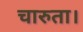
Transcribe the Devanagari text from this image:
चारुता।